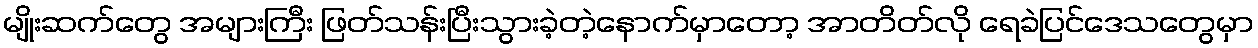
မျိုးဆက်တွေ အများကြီး ဖြတ်သန်းပြီးသွားခဲ့တဲ့နောက်မှာတော့ အာတိတ်လို ရေခဲပြင်ဒေသတွေမှာ